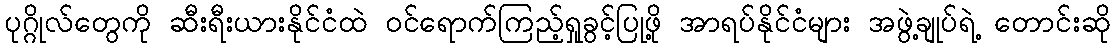
ပုဂ္ဂိုလ်တွေကို ဆီးရီးယားနိုင်ငံထဲ ဝင်ရောက်ကြည့်ရှုခွင့်ပြုဖို့ အာရပ်နိုင်ငံများ အဖွဲ့ချုပ်ရဲ့ တောင်းဆို